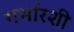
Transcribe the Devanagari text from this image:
गर्भारशी